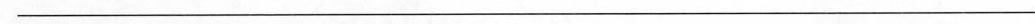
________________________